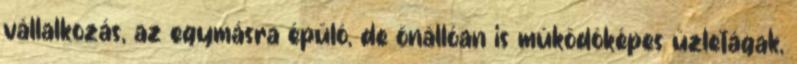
vállalkozás, az egymásra épülô, de önállóan is mûködôképes üzletágak,